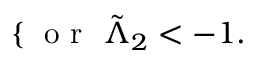
\left\{ \begin{array} { r l } \end{array} \right. \mathrm { ~ o ~ r ~ } \ \tilde { \Lambda } _ { 2 } < - 1 .